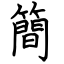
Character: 簡